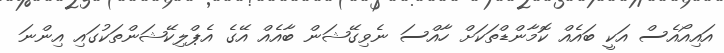
އައިއޯއެސް އަކީ ބައެއް ކޮމާންޑްތަކަށް ހާއްސަ ނެވިގޭޝަން ބާއެއް އޭގެ އެޕްލިކޭޝަންތަކުގައި އިންނަ